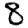
Digit: 8